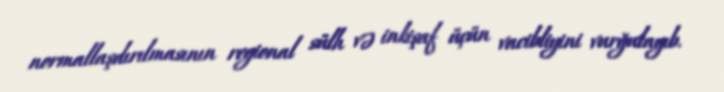
normallaşdırılmasının regional sülh və inkişaf üçün vacibliyini vurğulayıb.